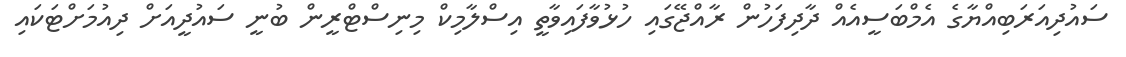
ސައުދިއަރަބިއްޔާގެ އެމްބަސީއެއް ދާދިފަހުން ރާއްޖޭގައި ހުޅުވާފައިވާތީ އިސްލާމިކް މިނިސްޓްރީން ބުނީ ސައުދީއަށް ދިއުމަށްޓަކައި